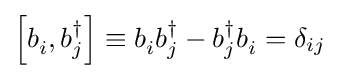
\left[b_{i}^{\,},b_{j}^{\dagger }\right]\equiv b_{i}^{\,}b_{j}^{\dagger }-b_{j}^{\dagger }b_{i}^{\,}=\delta _{ij}